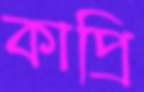
কাপ্রি